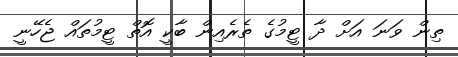
ތިން ވަނަ އަށް ދާ ޓީމުގެ ތެރެއިން ބާކީ އޮތް ޓީމުތައް ޖެހޭނީ